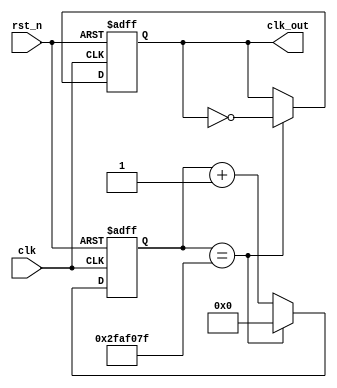
`timescale 1ns / 1ps

module clock_div(   // 1Hz
    input clk,
    input rst_n,
    output reg clk_out
    );
    reg [25:0]cnt;
    parameter cnts = 100_000_000;
    always@(posedge clk,negedge rst_n)
    begin
        if(~rst_n)
        begin
            cnt <= 0;
            clk_out <= 0;
        end
        else if(cnt == (cnts>>1)-1)
        begin
            cnt <= 0;
            clk_out <= ~clk_out;
        end
        else
            cnt <= cnt + 1;
    end
endmodule